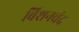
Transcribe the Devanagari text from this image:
बिशनचंद्र